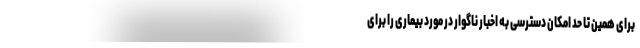
برای همین تا حد امکان دسترسی به اخبار ناگوار در مورد بیماری را برای